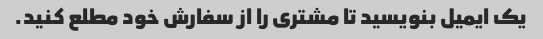
یک ایمیل بنویسید تا مشتری را از سفارش خود مطلع کنید.